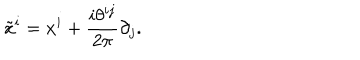
\tilde { x } ^ { i } = x ^ { i } + \frac { i \theta ^ { i j } } { 2 \pi } \partial _ { j } .